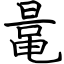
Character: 鼌